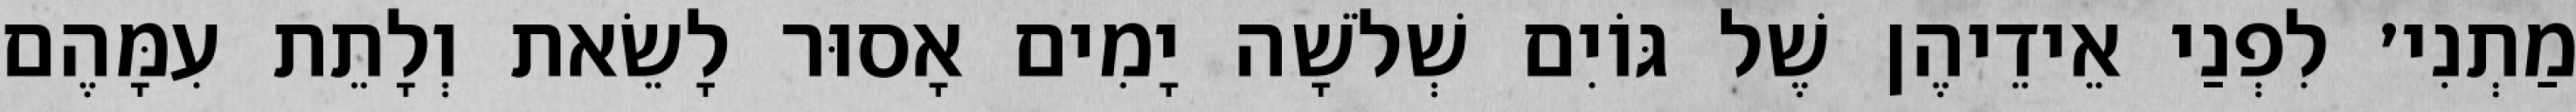
מַתְנִי׳ לִפְנַי אֵידֵיהֶן שֶׁל גּוֹיִם שְׁלֹשָׁה יָמִים אָסוּר לָשֵׂאת וְלָתֵת עִמָּהֶם